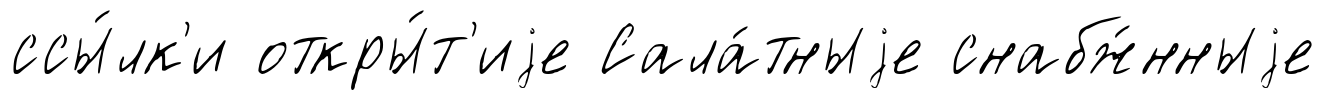
ссы́лк'и откры́т'иjе Сала́тныjе снабж́нныjе